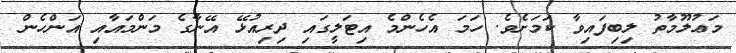
މަޢުލޫމާތު ލިބިފައިވާ ކަމަށެވެ. ހަމަ އެހެންމެ އިޓަލީގައި ދިރިއުޅޭ އޭނާގެ މަންމައާއި އަންހެން